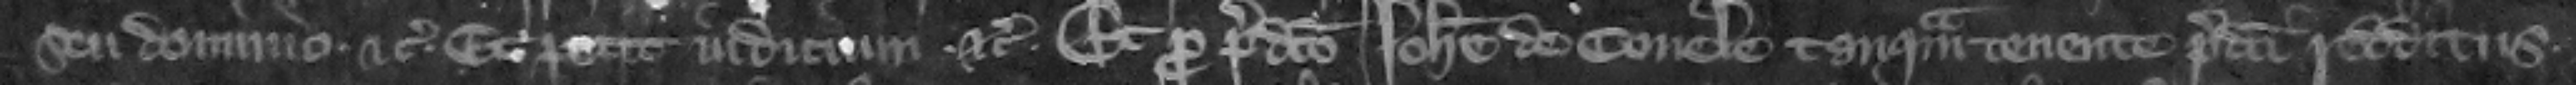
seu dominio etc. Et petit iudicium etc. Et pro predicto Iohanne de Couele tanquam tenente predicti redditus